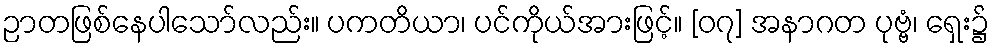
ဉာတဖြစ်နေပါသော်လည်း။ ပကတိယာ၊ ပင်ကိုယ်အားဖြင့်။ [၀၇] အနာဂတ ပုဗ္ဗံ၊ ရှေး၌